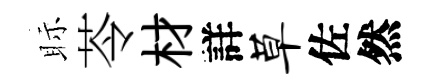
眎苓材詳草佐然